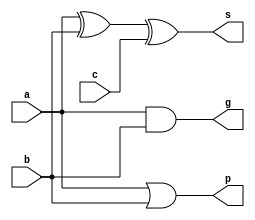
`timescale 1ns / 1ps
//////////////////////////////////////////////////////////////////////////////////
// Company: 
// Engineer: 
// 
// Design Name: 
// Module Name:    add 
// Project Name: 
// Target Devices: 
// Tool versions: 
// Description: 
//
// Dependencies: 
//
// Revision: 
// Revision 0.01 - File Created
// Additional Comments: 
//
//////////////////////////////////////////////////////////////////////////////////
module add (a, b, c, g, p, s); // adder and g, p
input a, b, c; // inputs: a, b, c;
output g, p, s; // outputs: g, p, s;
assign s = a ^ b ^ c; // output: sum of inputs
assign g = a & b; // output: carry generator
assign p = a | b; // output: carry propagator
endmodule